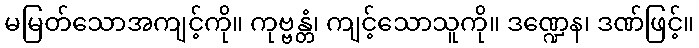
မမြတ်သောအကျင့်ကို။ ကုဗ္ဗန္တံ၊ ကျင့်သောသူကို။ ဒဏ္ဍေန၊ ဒဏ်ဖြင့်။